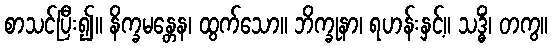
စာသင်ပြီး၍။ နိက္ခမန္တေန၊ ထွက်သော။ ဘိက္ခုနာ၊ ရဟန်းနှင့်။ သဒ္ဓိံ၊ တကွ။